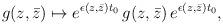
LaTeX: \begin{align*}g(z,\bar z)\mapsto e^{\epsilon(z,\bar z)t_0}\,g(z,\bar z)\,e^{\epsilon(z,\bar z)t_0},\end{align*}